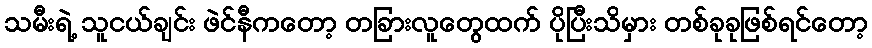
သမီးရဲ့ သူငယ်ချင်း ဖဲင်နီကတော့ တခြားလူတွေထက် ပိုပြီးသိမှား တစ်ခုခုဖြစ်ရင်တော့